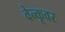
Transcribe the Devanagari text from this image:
वेन्कूवर